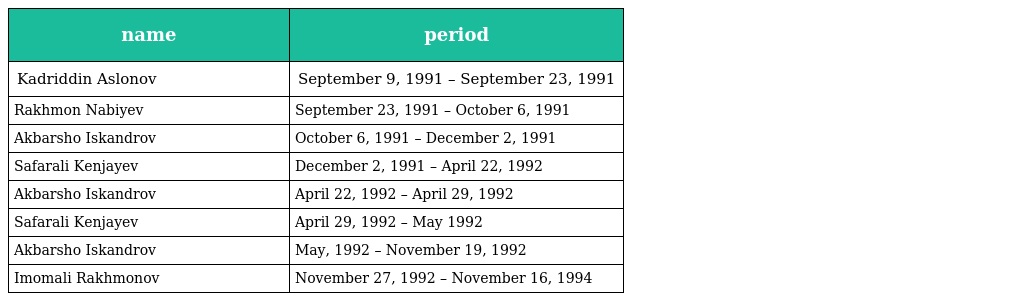
| name | period |
 | --- | --- |
 | Kadriddin Aslonov | September 9, 1991 – September 23, 1991 |
 | Rakhmon Nabiyev | September 23, 1991 – October 6, 1991 |
 | Akbarsho Iskandrov | October 6, 1991 – December 2, 1991 |
 | Safarali Kenjayev | December 2, 1991 – April 22, 1992 |
 | Akbarsho Iskandrov | April 22, 1992 – April 29, 1992 |
 | Safarali Kenjayev | April 29, 1992 – May 1992 |
 | Akbarsho Iskandrov | May, 1992 – November 19, 1992 |
 | Imomali Rakhmonov | November 27, 1992 – November 16, 1994 |